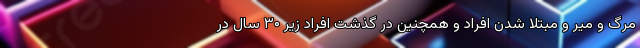
مرگ و میر و مبتلا شدن افراد و همچنین در گذشت افراد زیر ۳۰ سال در